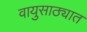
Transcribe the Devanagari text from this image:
वायुसाठ्यात